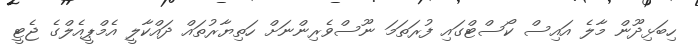
ހިބަޅިދޫން މާލެ އައިސް ކޯސްޓްގައި ފުރަތަމަ ނޫސްވެރިންނަށް ހަތިޔާރުތައް ދައްކާލީ އެމްޕީއެލްގެ ޖެޓީ